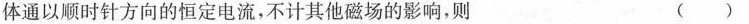
体通以顺时针方向的恒定电流，不计其他磁场的影响，则 ()